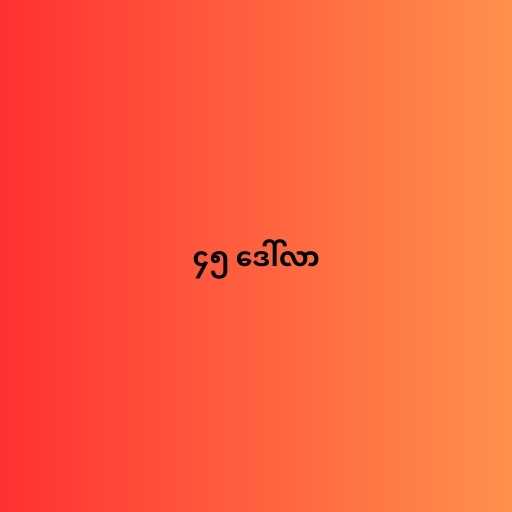
၄၅ ဒေါ်လာ